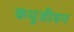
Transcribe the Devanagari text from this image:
कथूजीयन